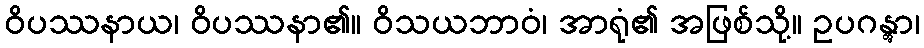
ဝိပဿနာယ၊ ဝိပဿနာ၏။ ဝိသယဘာဝံ၊ အာရုံ၏ အဖြစ်သို့။ ဥပဂန္တွာ၊